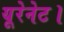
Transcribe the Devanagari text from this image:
यूरेनेट।